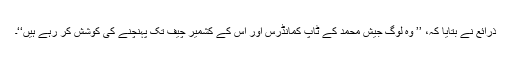
ذرائع نے بتایا کہ، ’’ وہ لوگ جیش محمد کے ٹاپ کمانڈرس اور اس کے کشمیر چیف تک پہنچنے کی کوشش کر رہے ہیں‘‘۔